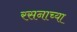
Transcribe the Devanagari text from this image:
रसनाच्या